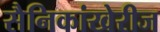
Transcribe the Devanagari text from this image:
सैनिकांखेरीज